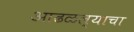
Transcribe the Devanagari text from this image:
आढळल्याचा